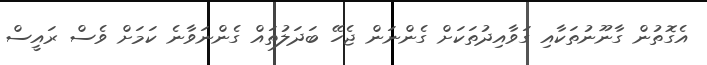
އެގޮތުން ގާނޫނުތަކާއި ގަވާއިދުތަކަށް ގެންނަން ޖެހޭ ބަދަލުތައް ގެންނަވާނެ ކަމަށް ވެސް ރައީސް